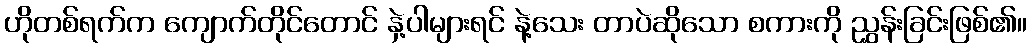
ဟိုတစ်ရက်က ကျောက်တိုင်တောင် နှဲ့ပါများရင် နဲ့သေး တာပဲဆိုသော စကားကို ညွှန်းခြင်းဖြစ်၏။